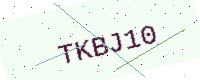
Text: TKBJ10